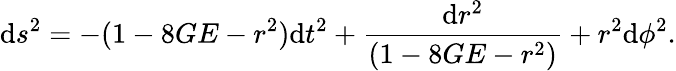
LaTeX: \mathrm{d}s^{2}=-(1-8GE-r^{2})\mathrm{d}t^{2}+\frac{{\mathrm{d}r^{2}}}{{(1-8GE-r^{2})}}+r^{2}\mathrm{d}\phi^{2}.